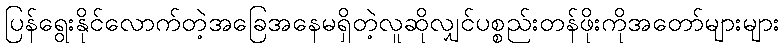
ပြန်ရွေးနိုင်လောက်တဲ့အခြေအနေမရှိတဲ့လူဆိုလျှင်ပစ္စည်းတန်ဖိုးကိုအတော်များများ